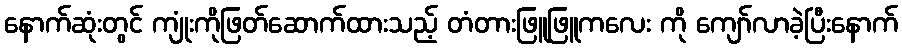
နောက်ဆုံးတွင် ကျုံးကိုဖြတ်ဆောက်ထားသည့် တံတားဖြူဖြူကလေး ကို ကျော်လာခဲ့ပြီးနောက်